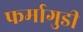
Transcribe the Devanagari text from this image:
फर्मागुडी